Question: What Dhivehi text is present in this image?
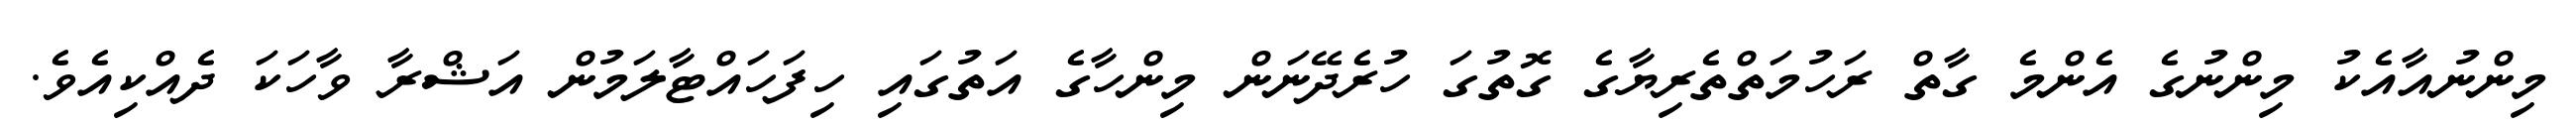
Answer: މިންނުއާއެކު މިންނުގެ އެންމެ ގާތް ރަހުމަތްތެރިޔާގެ ގޮތުގަ ހުރެދޭނަން މިންހާގެ އަތުގައި ހިފަހައްޓާލަމުން އަޝްރާ ވާހަކަ ދެއްކިއެވެ.